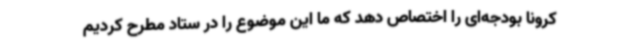
کرونا بودجه‌ای را اختصاص دهد که ما این موضوع را در ستاد مطرح کردیم